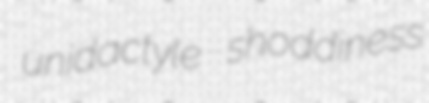
unidactyle shoddiness